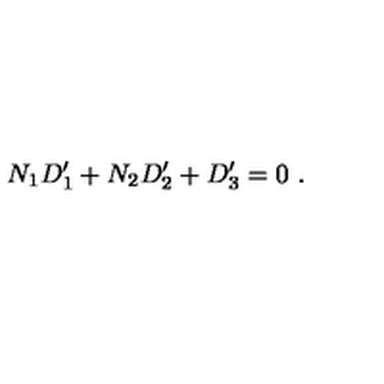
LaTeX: N _ { 1 } D _ { 1 } ^ { \prime } + N _ { 2 } D _ { 2 } ^ { \prime } + D _ { 3 } ^ { \prime } = 0 \ .